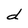
Character: d